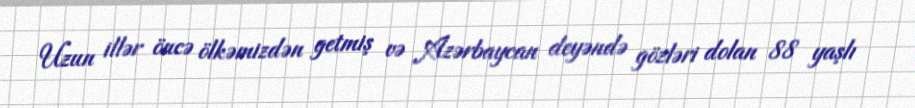
Uzun illər öncə ölkəmizdən getmiş və Azərbaycan deyəndə gözləri dolan 88 yaşlı